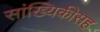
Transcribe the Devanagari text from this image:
सांख्यिकीसह